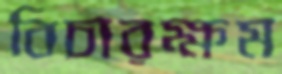
বিচারক্ষম